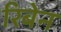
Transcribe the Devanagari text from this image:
रिबेन